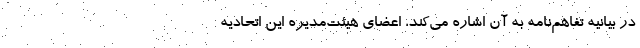
در بیانیه تفاهم‌نامه به آن اشاره می‌کند، اعضای هیئت‌مدیره این اتحادیه